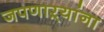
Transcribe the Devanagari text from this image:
जपणाऱ्यांना